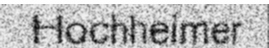
Hochheimer